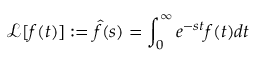
\mathcal { L } [ f ( t ) ] : = \hat { f } ( s ) = \int _ { 0 } ^ { \infty } e ^ { - s t } f ( t ) d t